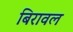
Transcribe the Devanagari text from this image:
बिरावल